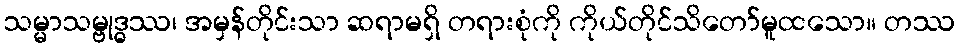
သမ္မာသမ္ဗုဒ္ဓဿ၊ အမှန်တိုင်းသာ ဆရာမရှိ တရားစုံကို ကိုယ်တိုင်သိတော်မူထသော။ တဿ